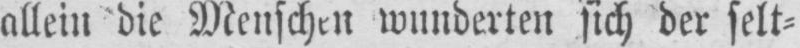
allein die Menschen wunderten sich der selt⸗